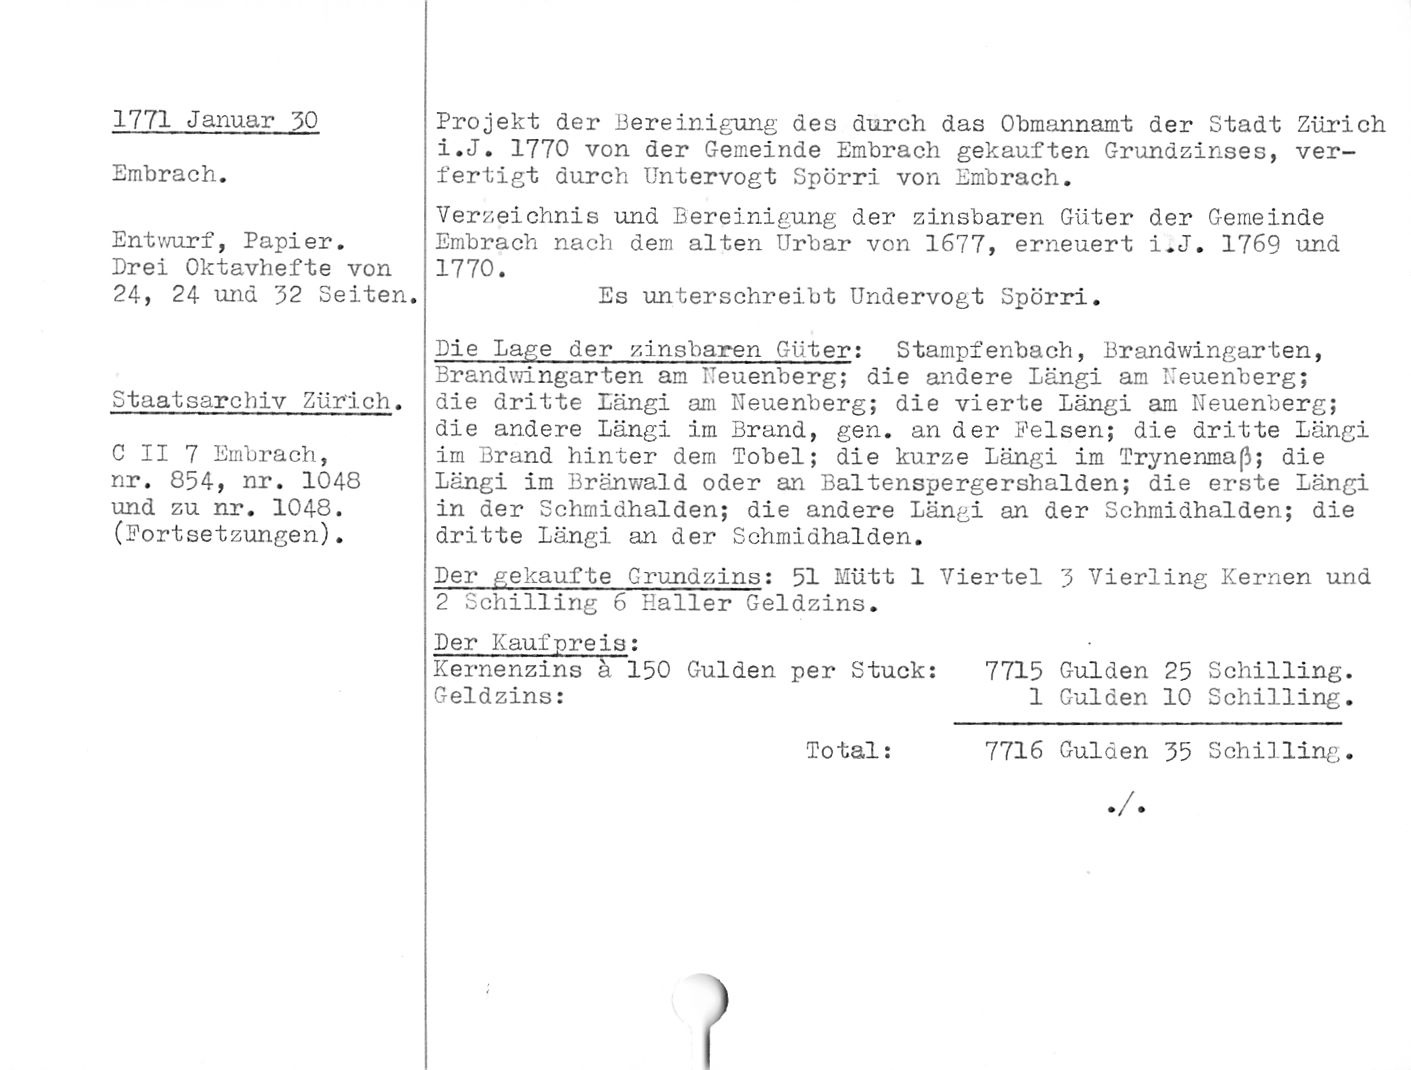
1771 Januar 30

Embrach.

Entwurf, Papier.

Drei Oktavhefte von
24, 24 und Z2 Seiten.

Staatsarchiv Zürich.

C II 7 Embrach,
nr. 854, nr. 1048
und zu nr. 1048.
(Fortsetzungen).

Projekt der Bereinigung des durch das Obmannamt der Stadt Zürich
i.J. 1770 von der Gemeinde Embrach gekauften Grundzinses, ver¬
fertigt durch üntervogt Spörri von Embrach.

Verzeichnis und Bereinigung der zinsbaren Güter der Gemeinde
Embrach nach dem alten Urbar von 1677, erneuert i.J. 1769 und
1770.

Es unterschreibt Undervogt Spörri.

Die Lage der zinsbaren Güter: Stampfenbach, Brandwingarten,

Brandwingarten an Ileuenberg; die andere Längi am Ileuenberg;
die dritte Längi am Neuenberg; die vierte Längi am Neuenberg;
die andere Längi im Brand, gen. an der Felsen; die dritte Längi
im Brand hinter dem Tobel; die kurze Längi im Trynenmaß; die
Längi im Bränwald oder an Baltenspergershalden; die erste Längi
in der Schmidhalden; die andere Längi an der Schmidhalden; die
dritte Längi an der Schmidhalden.

Der gekaufte Grundzins: 51 Mütt 1 Viertel 3 Vierling Kernen und
2 Schilling 6 Haller Geldzins.

Der Kaufpreis:

Kernenzins ä 150 Gulden per Stuck: 7715 Gulden 25 Schilling.

Geldzins: 1 Gulden 10 Schilling.

Total: 7716 Gulden 35 Schilling.